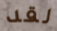
لقد